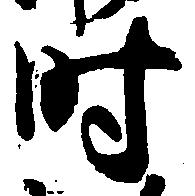
時